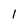
Character: 1